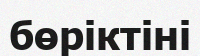
бөріктіні